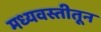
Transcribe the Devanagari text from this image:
मध्यवस्तीतून